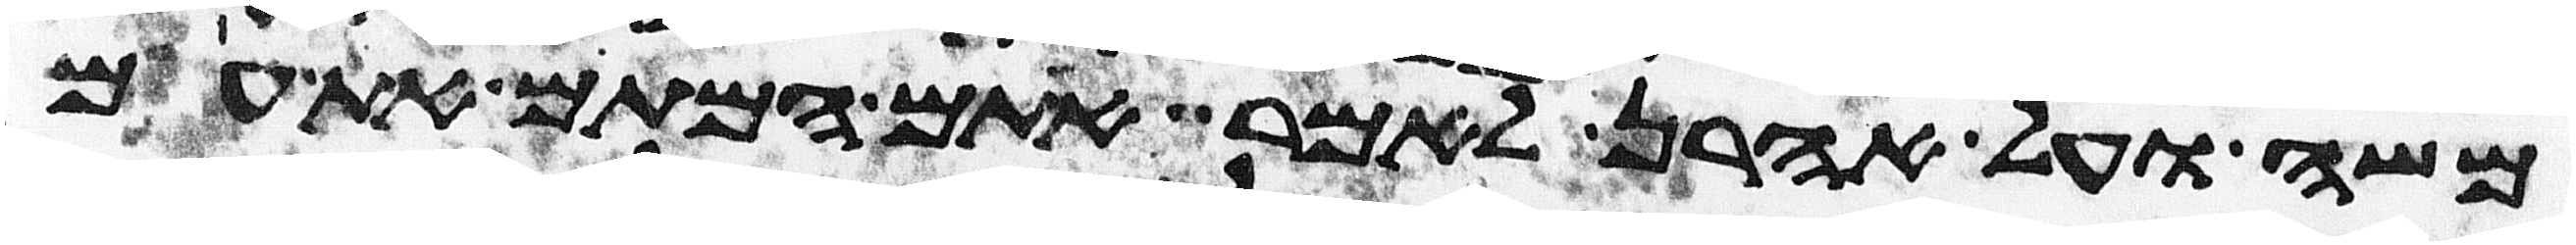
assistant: משה ועל אהרן לאמר אתם המתם את עם